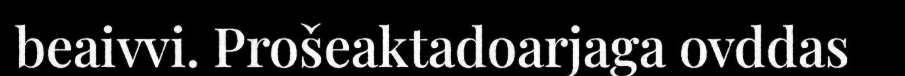
beaivvi. Prošeaktadoarjaga ovddas